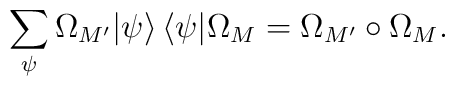
\sum_\psi\Omega_{M'}|\psi\rangle\, \langle\psi|\Omega_{M} =\Omega_{M'}\circ\Omega_{M} .